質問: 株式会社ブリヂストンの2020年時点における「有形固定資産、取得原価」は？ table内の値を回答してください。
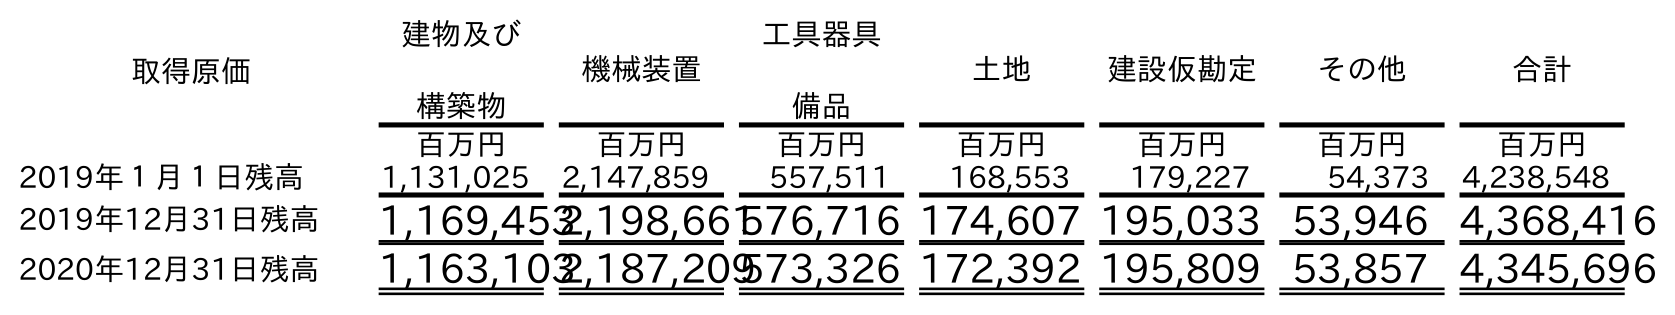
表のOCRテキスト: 取得原価 建物及び 構築物 機械装置 工具器具 備品 土地 建設仮勘定 その他 合計 百万円 百万円 百万円 百万円 百万円 百万円 百万円 2019年１月１日残高 1,131,025 2,147,859 557,511 168,553 179,227 54,373 4,238,548 2019年12月31日残高 1,169,4532,198,661576,716 174,607 195,033 53,946 4,368,416 2020年12月31日残高 1,163,1032,187,209573,326 172,392 195,809 53,857 4,345,696
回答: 4,345,696